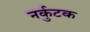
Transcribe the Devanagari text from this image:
नर्कुटक